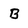
Character: B